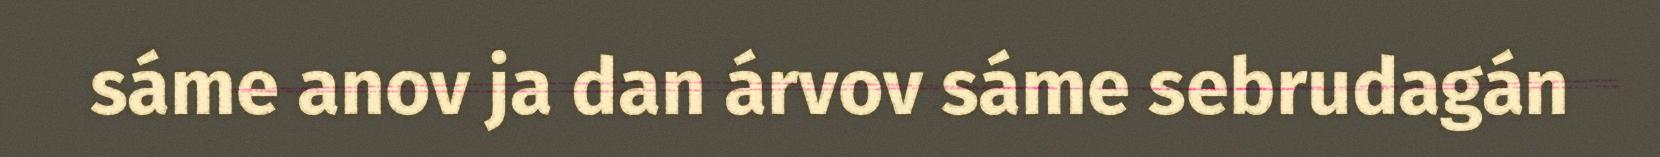
sáme anov ja dan árvov sáme sebrudagán